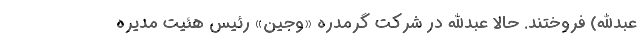
عبدالله) فروختند. حالا عبدالله در شرکت گرمدره «وجین» رئیس هئیت مدیره